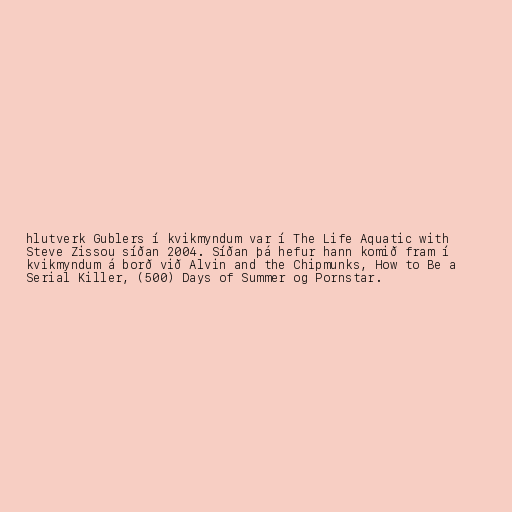
hlutverk Gublers í kvikmyndum var í The Life Aquatic with
Steve Zissou síðan 2004. Síðan þá hefur hann komið fram í
kvikmyndum á borð við Alvin and the Chipmunks, How to Be a
Serial Killer, (500) Days of Summer og Pornstar.